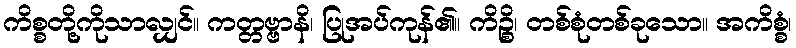
ကိစ္စတို့ကိုသာလျှင်။ ကတ္တဗ္ဗာနိ၊ ပြုအပ်ကုန်၏။ ကိဉ္စိ၊ တစ်စုံတစ်ခုသော။ အကိစ္စံ၊